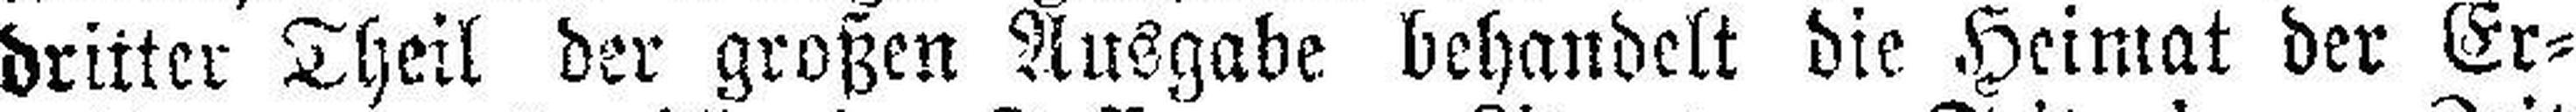
dritter Theil der großen Ausgabe behandelt die Heimat der Er¬